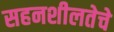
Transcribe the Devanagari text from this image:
सहनशीलतेचे